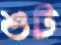
শুট